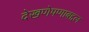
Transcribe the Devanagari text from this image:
देखणेपणाबद्दल